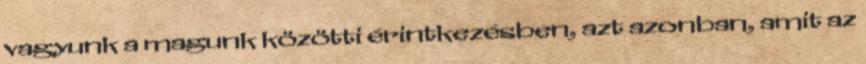
vagyunk a magunk közötti érintkezésben, azt azonban, amit az